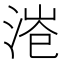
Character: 𱧅